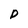
Character: P